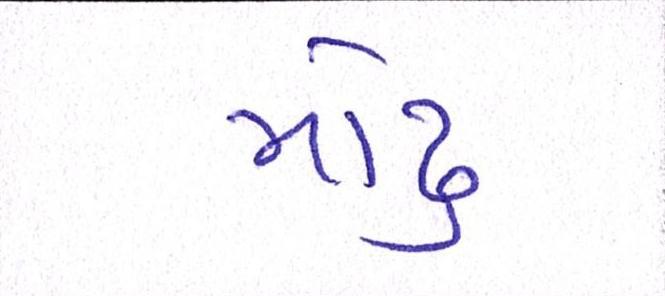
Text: મોઢુ